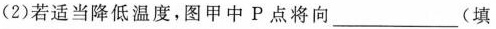
(2)若适当降低温度，图甲中Р点将向___(填